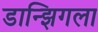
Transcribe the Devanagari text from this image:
डान्झिगला